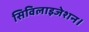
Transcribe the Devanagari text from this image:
सिविलाइजेशन।